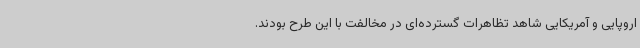
اروپایی و آمریکایی شاهد تظاهرات گسترده‌ای در مخالفت با این طرح بودند.